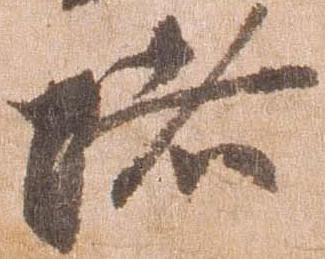
堵